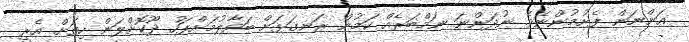
އަންނަން ފެށުމުންނެވެ. ނުދަންނަ ނަމްބަރެއް ކަމުން ރަނގަޅަށް ބަވާލުމަށްފަހު ދޫކޮށްލަން ހިތަށް އެރީ